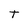
Character: T